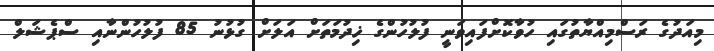
މިއަދުގެ ރަސްމިއްޔާތުގައި ހުވާކޮށްފައިވަނީ ފުލުހުންގެ ޚިދުމަތަށް އަލަށް ގުޅުނު 85 ފުލުހުންނާއި ސްޕެޝަލް